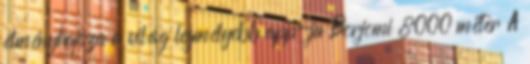
élményhajsza a világ legmélyebb app-ja Borjomi 8000 méter A